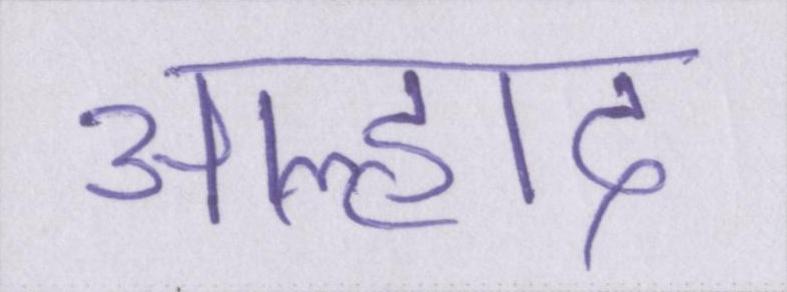
आह्लाद